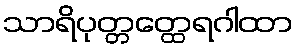
သာရိပုတ္တတ္ထေရဂါထာ